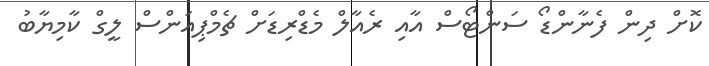
ކޮށް ދިން ފެނާންޑޯ ސަންޓޯސް އާއި ރެއާލް މެޑްރިޑަށް ޗެމްޕިއަންސް ލީގް ކާމިޔާބު